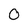
Character: 0